Vaccination in the Punjab 1883-1896 - 1883-1896
Year: 1883
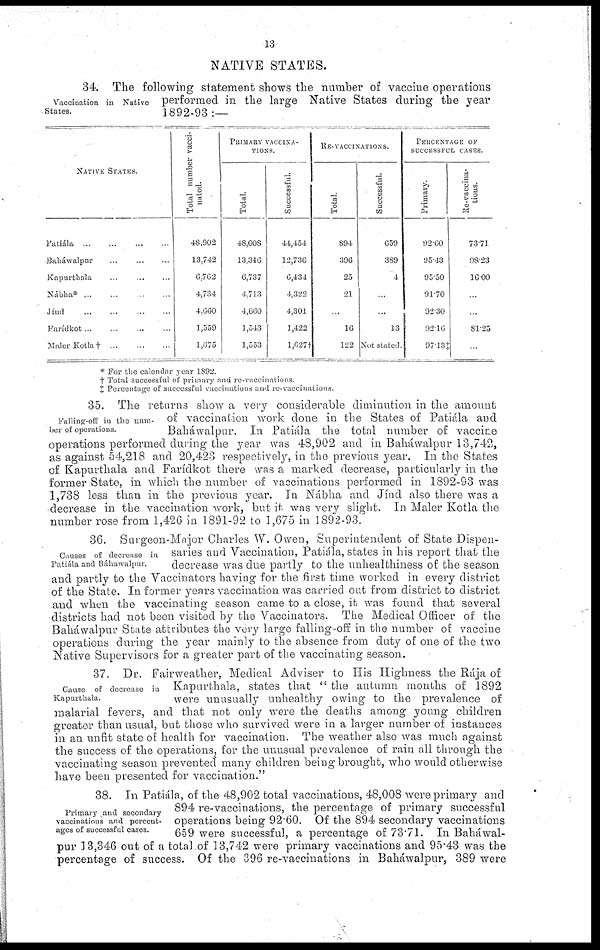
13
NATIVE STATES.
Vaccination in Native
States.
34. The following statement shows the number of vaccine operations
performed in the large Native States during the year
1892-93:—
NATIVE STATES.
Patiála ... ... ... ...
Baháwalpur ... ... ...
Kapurthala ... ... ...
Nábha* ... ... ... ...
Jínd ... ... ...
Farídkot ... ... ... ...
Maler Kotla † ... ... ...
Total number vacci¬
nated.
48,902
13,742
6,762
4,734
4,660
1,559
1,675
PRIMARY VACCINA¬
TIONS.
Total
48,008
13,346
6,737
4,713
4,660
1,543
1,553
Successful.
44,454
12,736
6,434
4,322
4,301
1,422
1,627†
RE-VACCINATlONS.
Total.
894
396
25
21
...
16
122
Successful.
659
389
4
...
...
13
Not stated
PERCENTAGE OF
SUCCESSFUL CASES
Primary.
92.60
95.43
95.50
91.70
92.30
92.16
97.13‡
Re-vaccina¬
tions.
73.71
98.23
16.00
...
...
81.25
* For the calendar year 1892
† Total successful of primary and re-vaccinations
‡ Percentage of successful vaccinations and re-vaccinations
Falling-off in the num-
ber of operations.
35. The returns show a very considerable diminution in the amount
of vaccination work done in the States of Patiála and
Baháwalpur. In Patiála the total number of vaccine
operations performed during the year was 48,902 and in Baháwalpnr 13,742,
as against 54,218 and 20,423 respectively, in the previous year. In the States
of Kapurthala and Farídkot there was a marked decrease, particularly in the
former State, in which the number of vaccinations performed in 1892-93 was
1,738 less than in the previous year. In Nábha and Jínd also there was a
decrease in the vaccination work, but it was very slight. In Maler Kotla the
number rose from 1,426 in 1891-92 to 1,675 in 1892-93.
Causes of deciease in
Patiála and Báhawalpur.
36. Surgeon-Major Charles W. Owen, Superintendent of State Dispen-
saries and Vaccination, Patiála, states in his report that the
decrease was due partly to the unhealthiness of the season
and partly to the Vaccinators having for the first time worked in every district
of the State. In former years vaccination was carried out from district to district
and when the vaccinating season came to a close, it was found that several
districts had not been visited by the Vaccinators. The Medical Officer of the
Baháwalpur State attributes the very large falling-off in the number of vaccine
operations during the year mainly to the absence from duty of: one of the two
Native Supervisors for a greater part of the vaccinating season.
Cause of decrease in
Kapurthala.
37. Dr. Fairweather, Medical Adviser to His Highness the Rája of
Kapurthala, states that "the autumn months of 1892
were unusually unhealthy owing to the prevalence of
malarial fevers, and that not only were the deaths among young children
greater than usual, but those who survived were in a larger number of instances
in an unfit state of: health for vaccination. The weather also was much against
the success of the operations, for the unusual prevalence of rain all through the
vaccinating season prevented many children being brought, who would other wise
have been presented for vaccination."
Primary and secondary
vaccinations and percent-
ages of successful cases.
38. In Patiála, of the 48,902 total vaccinations, 48,008 were primary and
894 re-vaccinations, the percentage of primary successful
operations being 92.60. Of the 894 secondary vaccinations
659 were successful, a percentage of 73.71. In Baháwal-
pur 13,346 out of a total of 13,742 were primary vaccinations and 95.43 was the
percentage of success. Of the 396 re-vaccinations in Baháwalpur, 389 were